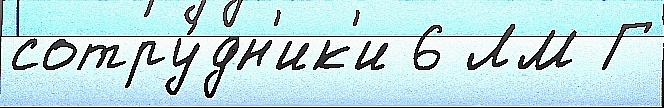
сотру́дн'ик'и 6 ЛМ Г